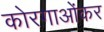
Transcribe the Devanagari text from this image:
कोरगाओंकर